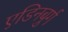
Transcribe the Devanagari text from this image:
एडिनबुर्ग